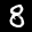
Label: 8